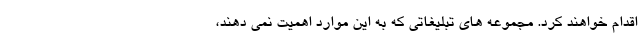
اقدام خواهند کرد. مجموعه های تبلیغاتی که به این موارد اهمیت نمی دهند،